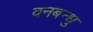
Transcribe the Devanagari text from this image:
वनबन्धु